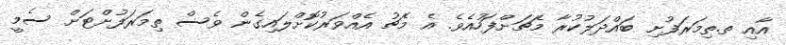
އާއި ތ.ތިމަރަފުށި ބައްދަލުކުރާ މެޗަށްފަހުއެވެ. އެ މެޗު އެއްވަރުކޮށްލައިގެން ވެސް ތިމަރަފުށްޓަށް ސެމީ